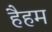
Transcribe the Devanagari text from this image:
हैहम